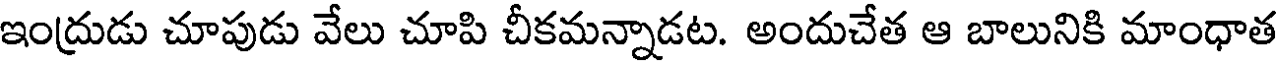
ఇంద్రుడు చూపుడు వేలు చూపి చీకమన్నాడట. అందుచేత ఆ బాలునికి మాంధాత